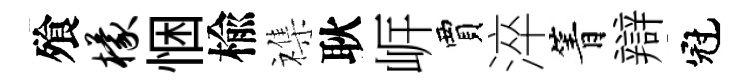
飱檬悃楡襍耿㟁賈淬箐辯冠